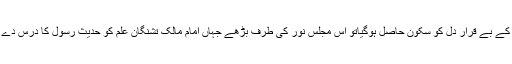
پھر جب آپ کے بے قرار دل کو سکون حاصل ہوگیاتو اس مجلس نور کی طرف بڑھے جہاں امام مالکؒ تشنگانِ علم کو حدیث رسولؐ کا درس دے رہے تھے ۔